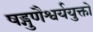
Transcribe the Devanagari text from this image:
षड्गुणैश्वर्ययुक्तो